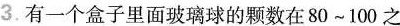
3.有一个盒子里面玻璃球的颗数在80~100之